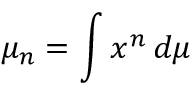
\mu _ { n } = \int x ^ { n } \, d \mu